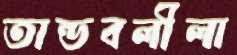
তান্ডবলীলা